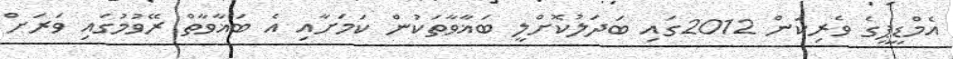
އެމްޑީޕީގެ ވެރިކަން 2012ގައި ބަދަލުކޮށްލީ ބަޣާވާތަކުން ކަމަށާއި އެ ބަޣާވާތް ރޭވުމުގައި ވަރަށް